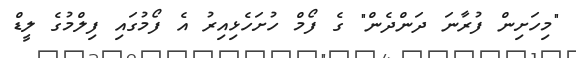
"މިހަށިން ފުރާނަ ދަންދެން" ގެ ފޯމް ހުށަހެޅިއިރު އެ ފޯމުގައި ފިލްމުގެ ލީޑް